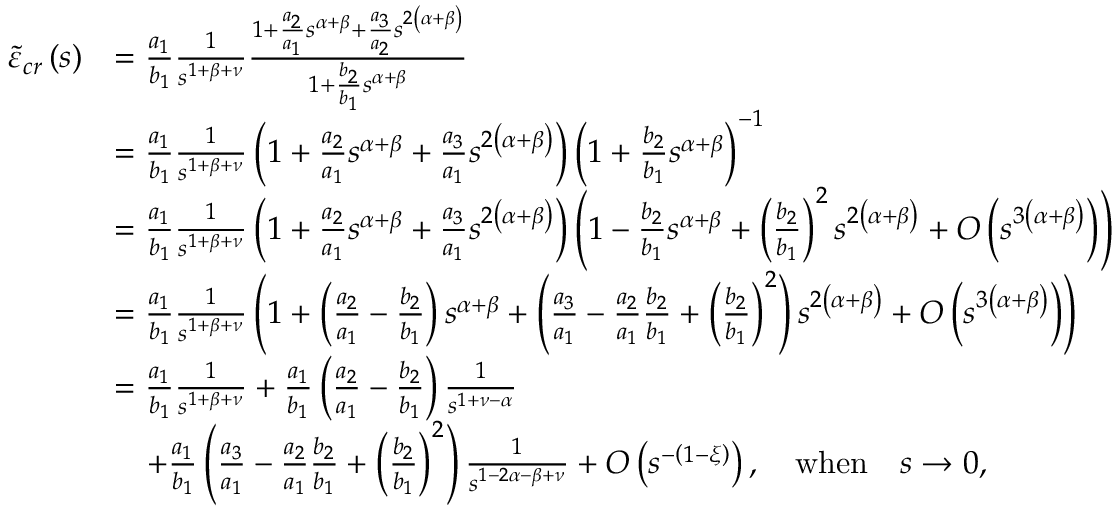
\begin{array} { r l } { \tilde { \varepsilon } _ { c r } \left( s \right) } & { = \frac { a _ { 1 } } { b _ { 1 } } \frac { 1 } { s ^ { 1 + \beta + \nu } } \frac { 1 + \frac { a _ { 2 } } { a _ { 1 } } s ^ { \alpha + \beta } + \frac { a _ { 3 } } { a _ { 2 } } s ^ { 2 \left( \alpha + \beta \right) } } { 1 + \frac { b _ { 2 } } { b _ { 1 } } s ^ { \alpha + \beta } } } \\ & { = \frac { a _ { 1 } } { b _ { 1 } } \frac { 1 } { s ^ { 1 + \beta + \nu } } \left( 1 + \frac { a _ { 2 } } { a _ { 1 } } s ^ { \alpha + \beta } + \frac { a _ { 3 } } { a _ { 1 } } s ^ { 2 \left( \alpha + \beta \right) } \right) \left( 1 + \frac { b _ { 2 } } { b _ { 1 } } s ^ { \alpha + \beta } \right) ^ { - 1 } } \\ & { = \frac { a _ { 1 } } { b _ { 1 } } \frac { 1 } { s ^ { 1 + \beta + \nu } } \left( 1 + \frac { a _ { 2 } } { a _ { 1 } } s ^ { \alpha + \beta } + \frac { a _ { 3 } } { a _ { 1 } } s ^ { 2 \left( \alpha + \beta \right) } \right) \left( 1 - \frac { b _ { 2 } } { b _ { 1 } } s ^ { \alpha + \beta } + \left( \frac { b _ { 2 } } { b _ { 1 } } \right) ^ { 2 } s ^ { 2 \left( \alpha + \beta \right) } + O \left( s ^ { 3 \left( \alpha + \beta \right) } \right) \right) } \\ & { = \frac { a _ { 1 } } { b _ { 1 } } \frac { 1 } { s ^ { 1 + \beta + \nu } } \left( 1 + \left( \frac { a _ { 2 } } { a _ { 1 } } - \frac { b _ { 2 } } { b _ { 1 } } \right) s ^ { \alpha + \beta } + \left( \frac { a _ { 3 } } { a _ { 1 } } - \frac { a _ { 2 } } { a _ { 1 } } \frac { b _ { 2 } } { b _ { 1 } } + \left( \frac { b _ { 2 } } { b _ { 1 } } \right) ^ { 2 } \right) s ^ { 2 \left( \alpha + \beta \right) } + O \left( s ^ { 3 \left( \alpha + \beta \right) } \right) \right) } \\ & { = \frac { a _ { 1 } } { b _ { 1 } } \frac { 1 } { s ^ { 1 + \beta + \nu } } + \frac { a _ { 1 } } { b _ { 1 } } \left( \frac { a _ { 2 } } { a _ { 1 } } - \frac { b _ { 2 } } { b _ { 1 } } \right) \frac { 1 } { s ^ { 1 + \nu - \alpha } } } \\ & { \quad + \frac { a _ { 1 } } { b _ { 1 } } \left( \frac { a _ { 3 } } { a _ { 1 } } - \frac { a _ { 2 } } { a _ { 1 } } \frac { b _ { 2 } } { b _ { 1 } } + \left( \frac { b _ { 2 } } { b _ { 1 } } \right) ^ { 2 } \right) \frac { 1 } { s ^ { 1 - 2 \alpha - \beta + \nu } } + O \left( s ^ { - \left( 1 - \xi \right) } \right) , \quad \mathrm { w h e n } \quad s \rightarrow 0 , } \end{array}